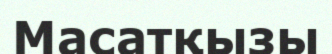
Масатқызы